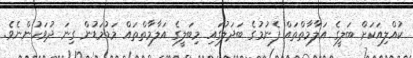
ކުއްލިއަކަށް ބަލީގެ އަލާމާތްތައް ފެނުމުގެ ބަދަލުގައި މިބަލީގެ އަލާމާތްތައް މަޑުމަޑުން ގިނަ ދުވަހުންނެވެ.